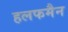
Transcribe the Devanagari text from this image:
हलफमैन